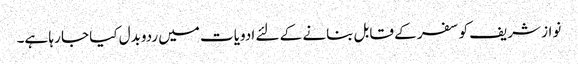
نواز شریف کو سفر کے قابل بنانے کے لئے ادویات میں ردوبدل کیا جا رہا ہے۔